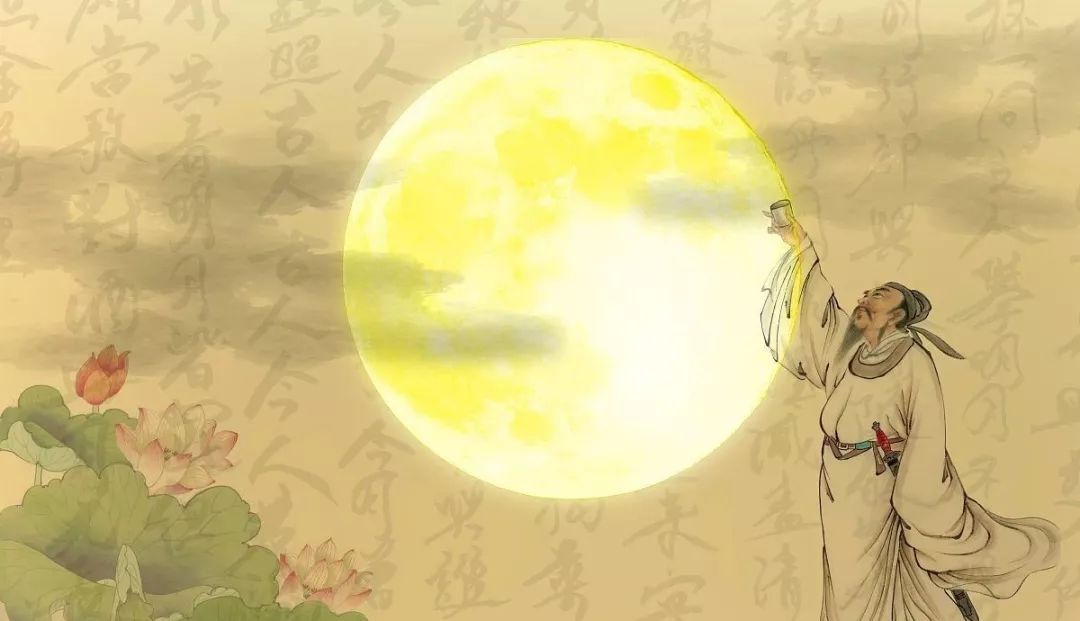
西北望乡何处是，东南见月几回圆。